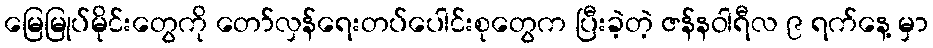
မြေမြုပ်မိုင်းတွေကို တော်လှန်ရေးတပ်ပေါင်းစုတွေက ပြီးခဲ့တဲ့ ဇန်နဝါရီလ ၉ ရက်နေ့ မှာ